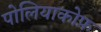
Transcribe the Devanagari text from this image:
पोलियाकोफ़